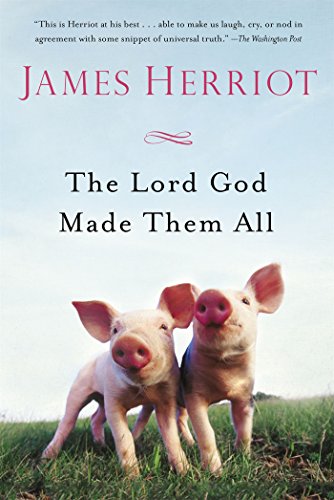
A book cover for The Lord God Made Them All (All Creatures Great and Small); James Herriot; Crafts, Hobbies & Home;